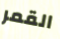
القمر